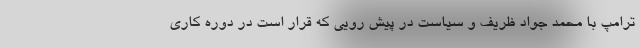
ترامپ با محمد جواد ظریف و سیاست در پیش رویی که قرار است در دوره کاری